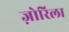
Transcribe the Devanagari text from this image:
ज़ोरिला